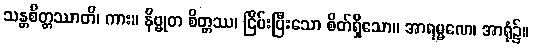
သန္တစိတ္တဿာတိ၊ ကား။ နိဗ္ဗုတ စိတ္တဿ၊ ငြိမ်းပြီးသော စိတ်ရှိသော။ အာရမ္မဏေ၊ အာရုံ၌။